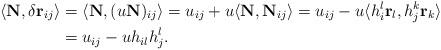
LaTeX: \begin{align*}\langle \mathbf{N},\delta\mathbf{r}_{ij} \rangle &= \langle \mathbf{N}, (u\mathbf{N})_{ij} \rangle = u_{ij}+ u \langle \mathbf{N}, \mathbf{N}_{ij} \rangle = u_{ij} -u\langle h_i^l \mathbf{r}_l, h_j^k \mathbf{r}_k \rangle \\&= u_{ij} - uh_{il}h^l_j.\end{align*}